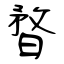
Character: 暓